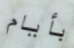
بأيام